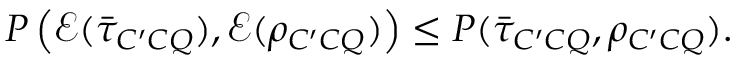
\begin{array} { r } { P \left( \mathcal { E } ( \bar { \tau } _ { C ^ { \prime } C Q } ) , \mathcal { E } ( \rho _ { C ^ { \prime } C Q } ) \right) \leq P ( \bar { \tau } _ { C ^ { \prime } C Q } , \rho _ { C ^ { \prime } C Q } ) . } \end{array}